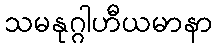
သမနုဂ္ဂါဟီယမာနာ